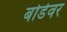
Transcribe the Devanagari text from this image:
बोर्डवर